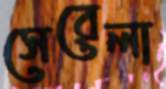
সেরেলা